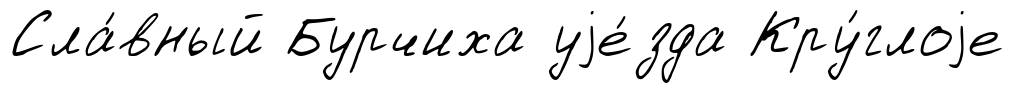
Сла́вный Бурчиха уjе́зда Кру́глоjе